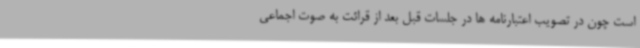
است چون در تصویب اعتبارنامه ها در جلسات قبل بعد از قرائت به صوت اجماعی